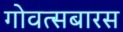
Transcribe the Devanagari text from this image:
गोवत्सबारस